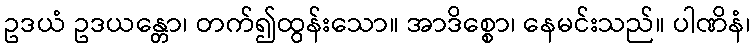
ဥဒယံ ဥဒယန္တော၊ တက်၍ထွန်းသော။ အာဒိစ္စော၊ နေမင်းသည်။ ပါဏိနံ၊